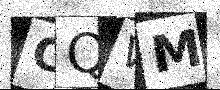
Text: CQWM